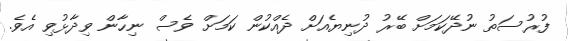
ފުރުސަތު ނުދޭކަމަށް ބޭރު ދުނިޔެއަށް ދެއްކުން ކަމަށް ވެސް ނިހާން ވިދާޅުވި އެވެ.